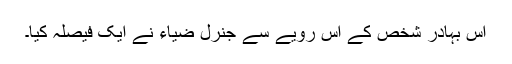
اس بہادر شخص کے اس رویے سے جنرل ضیاء نے ایک فیصلہ کیا۔